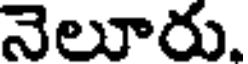
నెలూరు.